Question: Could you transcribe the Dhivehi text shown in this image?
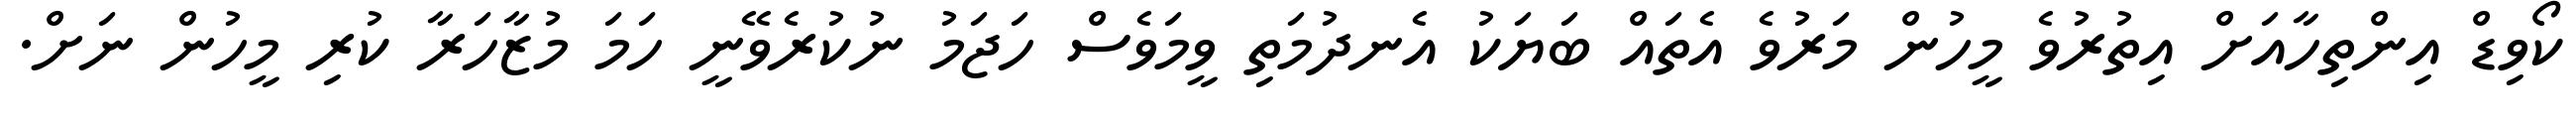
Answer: ކޯވިޑް އިންތިހާއަށް އިތުރުވެ މީހުން މަރުވެ އެތައް ބަޔަކު އެނދުމަތި ވީމަވެސް ހަޖަމު ނުކުރެވޭނީ ހަމަ މުޒާހަރާ ކުރި މީހުން ނަށް.